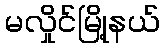
မလှိုင်မြို့နယ်